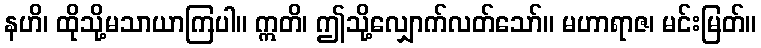
နဟိ၊ ထိုသို့မသာယာကြပါ။ ဣတိ၊ ဤသို့လျှောက်လတ်သော်။ မဟာရာဇ၊ မင်းမြတ်။